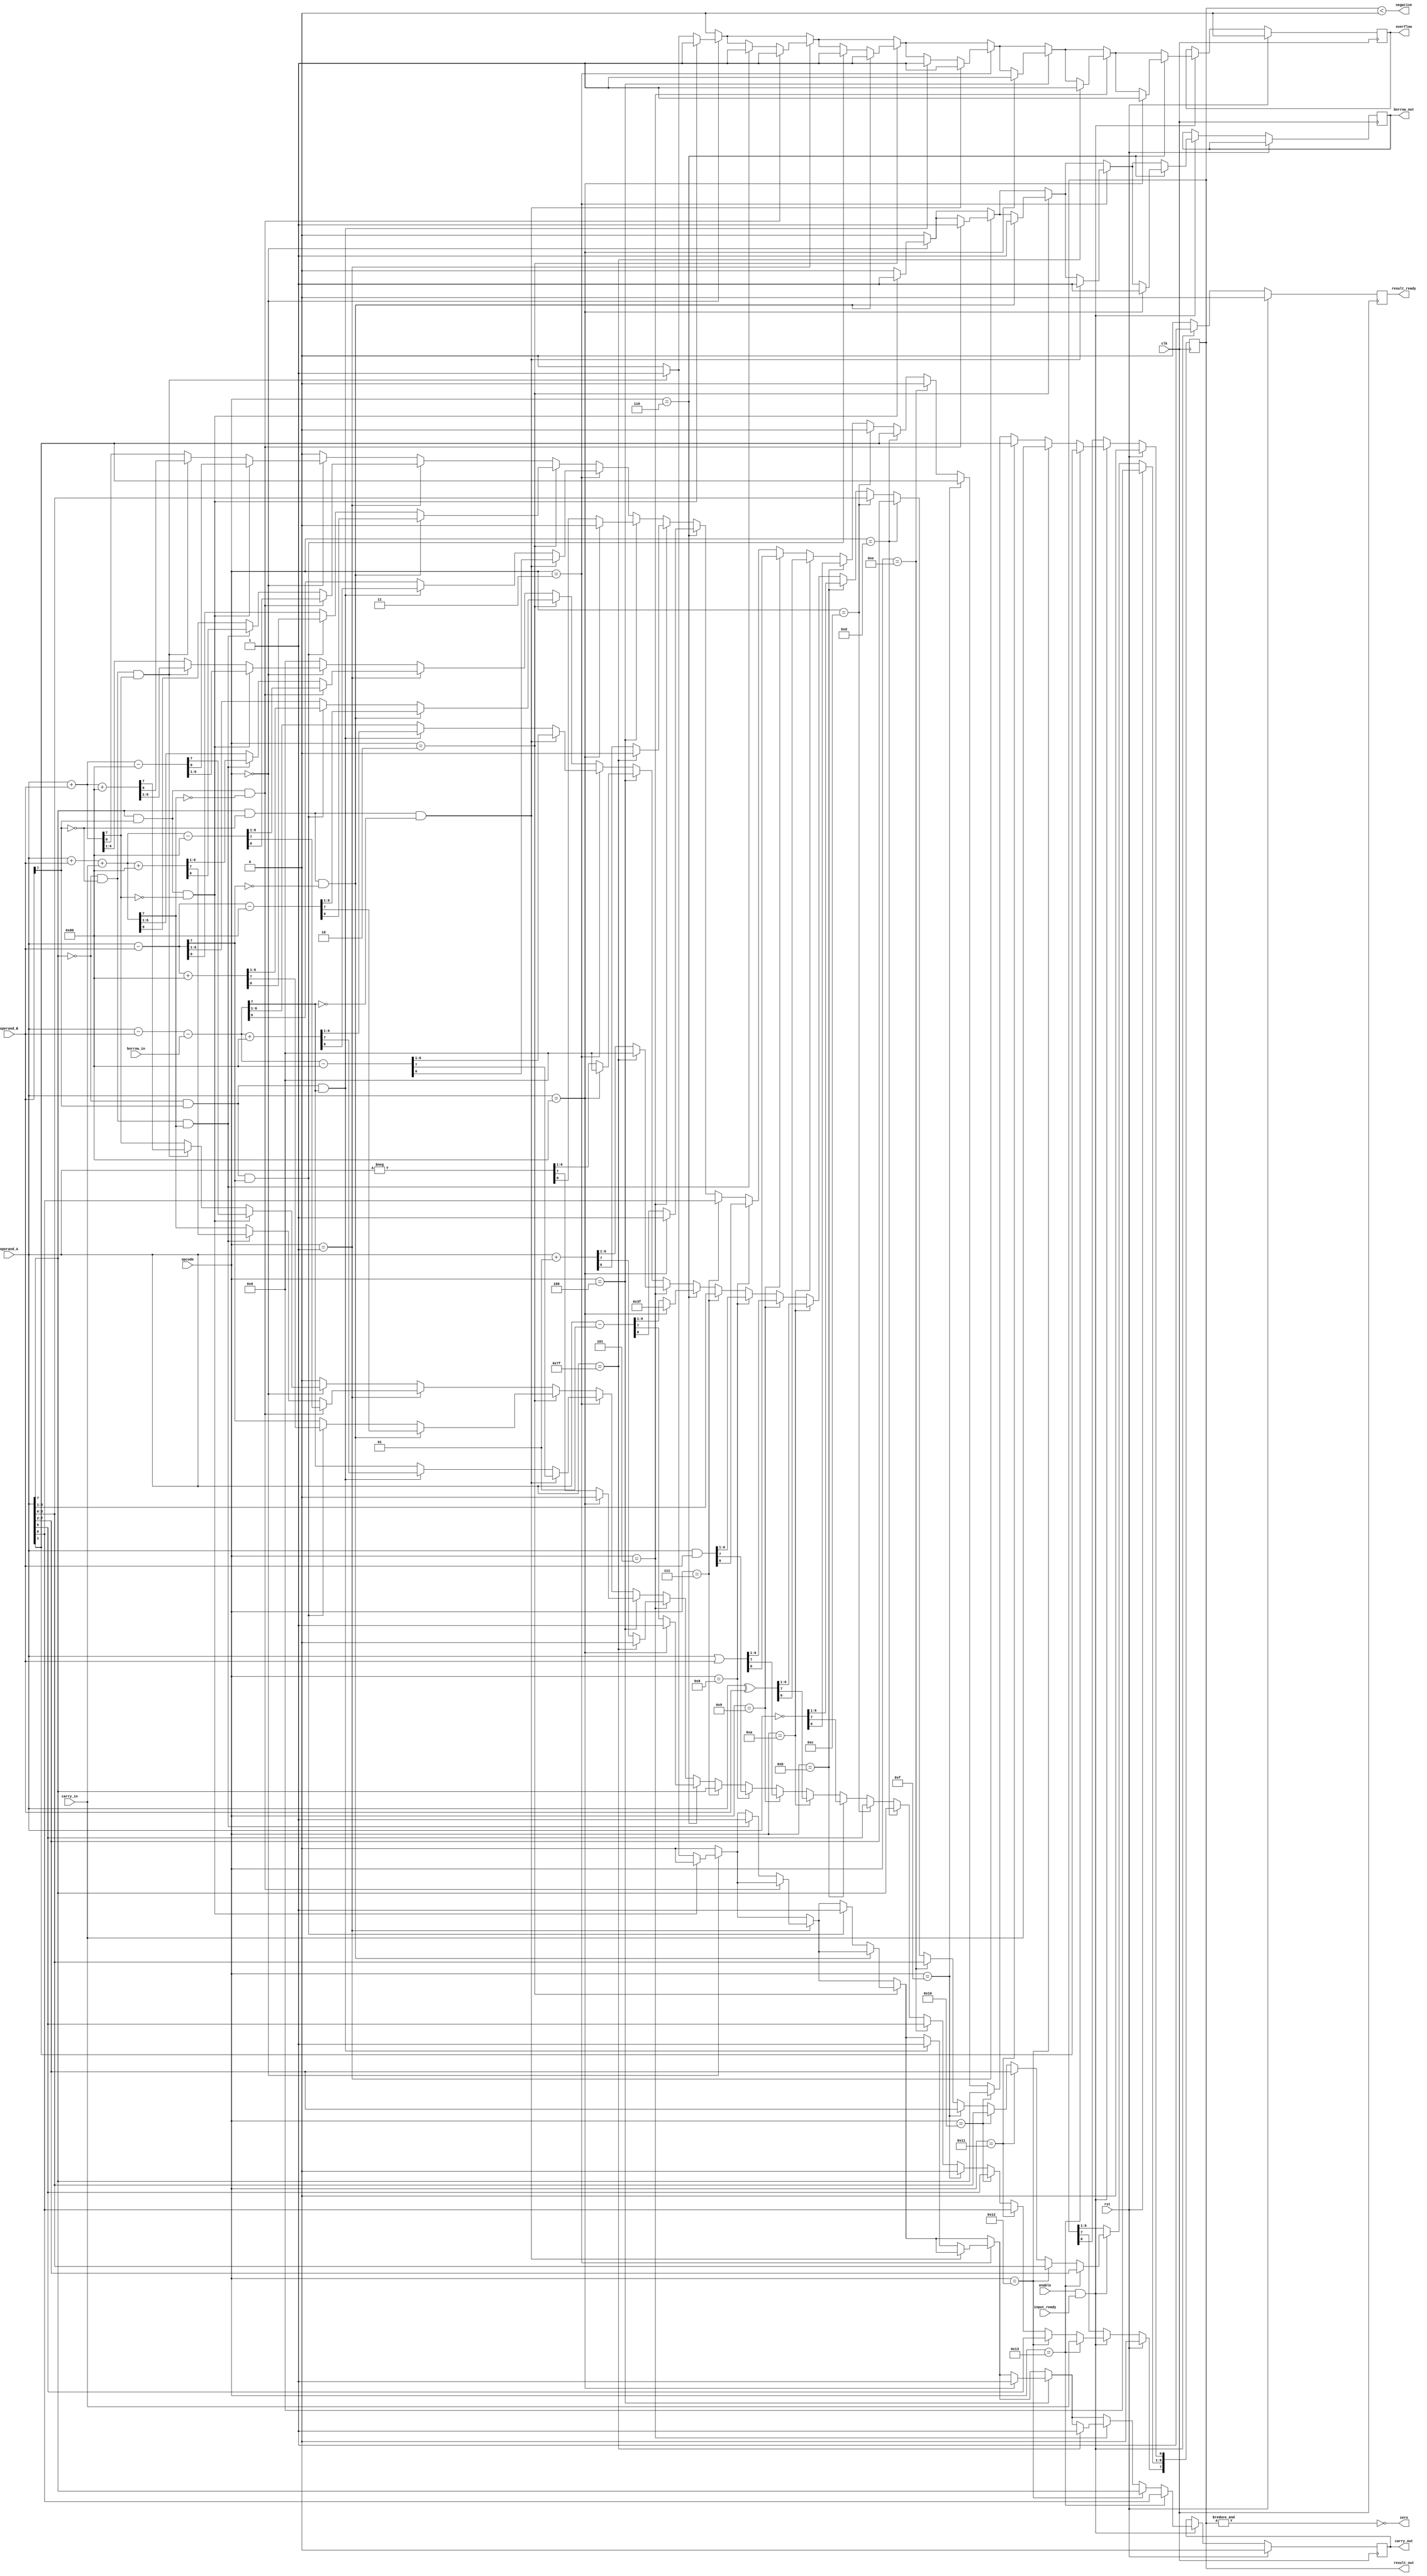
`define ADD 0
`define CADD 1
`define SUB 2
`define BSUB 3
`define NEG 4
`define INC 5
`define DEC 6
`define PASS 7
`define AND 8
`define OR 9
`define XOR 10
`define COMP 11
`define L_ARITH_SHIFT 12
`define R_ARITH_SHIFT 13
`define L_LOG_SHIFT 14
`define R_LOG_SHIFT 15
`define L_ROT 16
`define R_ROT 17
`define L_CROT 18
`define R_CROT 19

module alu
(
  input clk,
  input [4:0] opcode,
  input signed [7:0] operand_A,
  input signed [7:0] operand_B,
  input enable,
  input input_ready,
  input carry_in,
  input borrow_in,
  input rst,
  output reg signed [7:0] result_out,
  output reg borrow_out,
  output reg result_ready,
  output reg carry_out,
  output zero,
  output negative,
  output reg overflow
);


  reg signed [7:0] temp;

  reg finished;
  reg running;

  assign zero = ~(&(result_out));
  assign negative = (result_out < 0);

  always@( posedge clk)
    begin
      if(rst)
        begin
          carry_out <= 0;
          result_ready <= 0;
          result_out <= 0;
          overflow <= 0;
          finished <= 1;
          running <= 0;
        end
      else
        begin
        result_ready <= 0;
          if(enable && input_ready)
            begin

              result_ready <= 0;
              overflow <= 0;
              result_out <= 0;
              carry_out <= 0;
              borrow_out <= 0;

              if(opcode == 0)
                begin
                  temp = operand_A+operand_B;
                  if(operand_A[7]==1 && operand_B[7]==1 && temp[7]==0)
                    begin
                      borrow_out <= 1;
                      result_out <= temp-128;
                      overflow <= 1;
                    end

                  else if(operand_A[7]==0 && operand_B[7]==0 && temp[7]==1)
                    begin
                      carry_out <= 1;
                      // tmp = operand_A + operand_B;
                      result_out <= temp+128;
                      overflow <= 1;
                    end
                  else
                    result_out <= temp;

                end

              if(opcode == 1)
                begin
                  // $display("In alu operand_A : %d, sum : %d", operand_A, operand_A + operand_B + carry_in );
                  temp = operand_A+operand_B+carry_in;
                  if(operand_A[7]==1 && operand_B[7]==1 && temp[7]==0)
                    begin
                      borrow_out <= 1;
                      result_out <= temp-128;
                      overflow <= 1;
                    end

                  else if(operand_A[7]==0 && operand_B[7]==0 && temp[7]==1)
                    begin
                      carry_out <= 1;
                      // tmp = operand_A + operand_B;
                      result_out <= temp+128;
                      overflow <= 1;
                    end
                  else
                    result_out <= temp;
                end

              if(opcode == 2)
                begin
                  // $display("In alu operand_A : %d, sum : %d", operand_A, $signed(operand_A - operand_B));
                  temp = operand_A - operand_B;
                  if(operand_A[7]==1 && operand_B[7]==0 && temp[7]==0)
                    begin
                      // $display("In <-127");
                      borrow_out <= 1;
                      result_out <= temp-128;
                      overflow <= 1;
                    end
                  // operand_A[7]==0 && operand_B[7]==1 && temp[7]==0
                  else if(operand_A[7]==0 && operand_B[7]==1 && temp[7]==1)
                    begin
                      // $display("In >127");
                      carry_out <= 1;
                      result_out <= temp+128;
                      overflow <= 1;
                    end
                  else
                    result_out <= temp;

                end

              if(opcode == 3)
                begin
                  // $display("In alu operand_A : %d, sum : %d", operand_A, operand_A - operand_B - carry_in );
                  temp = operand_A - operand_B - borrow_in;
                  if(operand_A[7]==1 && operand_B[7]==0 && temp[7]==0)
                    begin
                      // $display("In <-127");
                      borrow_out <= 1;
                      result_out <= temp-128;
                      overflow <= 1;
                    end
                  // operand_A[7]==0 && operand_B[7]==1 && temp[7]==0
                  else if(operand_A[7]==0 && operand_B[7]==1 && temp[7]==1)
                    begin
                      // $display("In >127");
                      carry_out <= 1;
                      result_out <= temp+128;
                      overflow <= 1;
                    end
                  else
                    result_out <= temp;

                end

              if(opcode == 4)
                begin
                  if(operand_A==-128)
                    begin
                      carry_out <= 1;
                      result_out <= 0;
                      overflow <= 1;
                    end
                  else
                    result_out <= -operand_A;
                end

              if(opcode == 5)
                begin
                  if(operand_A==127)
                    begin
                      carry_out <= 1;
                      result_out <= 0;
                      overflow <= 1;
                    end
                  else
                    result_out <= operand_A + 1;

                end

              if(opcode == 6)
                begin
                  if(operand_A == -128)
                    begin
                      borrow_out <= 1;
                      result_out <= -1;
                      overflow <= 1;
                    end
                  else
                    result_out <= operand_A - 1;

                end

              if(opcode == 7)
                begin
                  result_out <= operand_A;
                end

              if(opcode == 8)
                result_out <= operand_A & operand_B;

              if(opcode == 9)
                result_out <= operand_A | operand_B;

              if(opcode == 10)
                result_out <= operand_A ^ operand_B;

              if(opcode == 11)
                result_out <= ~operand_A;

              if(opcode == 12)
                begin
                  result_out[0] <= 0;
                  result_out[7:1] <= operand_A[6:0];
                end

              if(opcode == 13)
                begin
                  result_out[7] <= operand_A[7];
                  result_out[6:0] <= operand_A[7:1];
                end


              if(opcode == 14)
                begin
                  result_out[0] <= 0;
                  result_out[7:1] <= operand_A[6:0];
                end

              if(opcode == 15)
                begin
                  result_out[7] <= 0;
                  result_out[6:0] <= operand_A[7:1];
                end

              if(opcode == 16)
                begin
                  // $display("operand_A : %b", operand_A);
                  result_out[0] <= operand_A[7];
                  result_out[7:1] <= operand_A[6:0];
                  // $display("operand_A[7] : %b", operand_A[7]);
                  // $display("operand_A[6:0] : %b", operand_A[6:0]);
                  // $display("result_out : %b", result_out);
                end

              if(opcode == 17)
                begin
                  result_out[7] <= operand_A[0];
                  result_out[6:0] <= operand_A[7:1];
                end

              if(opcode == 18)
                begin
                  carry_out <= operand_A[7];
                  result_out[7:1] <= operand_A[6:0];
                  result_out[0] <= carry_in;
                end

              if(opcode == 19)
                begin
                  carry_out <= operand_A[0];
                  result_out[7] <= carry_in;
                  result_out[6:0] <= operand_A[7:1];
                end
              result_ready <= 1;
              // $display("enable : %d, input_ready : %d in alu", enable, input_ready);
            end
        end
    end

endmodule

module wrapper_alu(
  input clk,
  input rst,
  input [7:0] data_in,
  output reg [7:0] data_out,
  output reg next_in,
  output reg output_done
  );
    reg next_inputs, clk_alu, clk_pick;
    reg [26:0] alu_delay, pick_delay;
    reg [4:0] opcode;
    reg [7:0] operand_A, operand_B;
    wire [7:0] result_out;
    wire carry_out, borrow_out, zero, negative, overflow, result_ready;
    reg enable, input_ready, carry_in, borrow_in;

    integer state_inputs, state_outputs;

    alu a1(
      .clk(clk_alu),
      .opcode(opcode),
      .operand_A(operand_A),
      .operand_B(operand_B),
      .enable(enable),
      .input_ready(input_ready),
      .carry_in(carry_in),
      .borrow_in(borrow_in),
      .rst(rst),
      //outputs begin
      .result_out(result_out),
      .borrow_out(borrow_out),
      .result_ready(result_ready),
      .carry_out(carry_out),
      .zero(zero),
      .negative(negative),
      .overflow(overflow)
      );

  initial begin
    clk_alu = 0;
    clk_pick = 0;
    pick_delay = 27'd0 - 1;
    state_inputs = 0;
    state_outputs = 0;
    alu_delay = 0;
    enable = 1;
  end

  always@(posedge clk)
  begin
    alu_delay = alu_delay+1;
    if(alu_delay == 27'd5000000)
    begin
      alu_delay = 0;
      clk_alu = ~clk_alu;
    end
  end

  always@(posedge clk)
  begin
    pick_delay = pick_delay+1;
    if(pick_delay == 27'd50000000)
    begin
      pick_delay = 0;
      clk_pick = ~clk_pick;
    end
  end

  always@(posedge clk_pick)
  begin
    if(input_ready == 1)
      input_ready = 0;

    if(state_inputs == 0)
    begin
      opcode = data_in[4:0];
      data_out = result_out;
      output_done = 0;
      next_in = 0;
    end
    else if(state_inputs == 1)
    begin
      operand_A = data_in;
      data_out = borrow_out;
    end
    else if(state_inputs == 2)
    begin
      operand_B = data_in;
      data_out = carry_out;
    end
    else if(state_inputs == 3)
    begin
      carry_in = data_in[0];
      data_out = zero;
    end
    else if(state_inputs == 4)
    begin
      borrow_in = data_in[0];
      data_out = negative;
    end
    else if(state_inputs == 5)
    begin
      data_out = overflow;
      output_done = 1;
    end
    else if(state_inputs == 6)
    begin
      next_in = 1;
      input_ready = 1;
    end

    state_inputs = state_inputs + 1;
    if(state_inputs==7)
    begin
      state_inputs = 0;
    end

  end

  endmodule